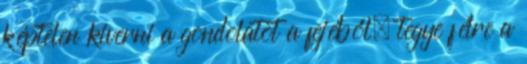
képtelen kiverni a gondolatot a fejéből, tegye félre a